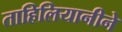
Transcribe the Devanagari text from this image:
ताहिलियानीने